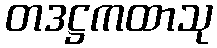
တဒဋ္ဌကထာသု